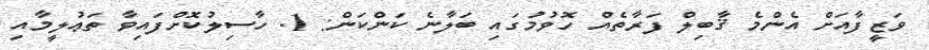
ވަޒީފާއަށް އެންމެ ޤާބިލް ފަރާތެއް ހޮވުމުގައި ބަލާނެ ކަންކަން: 1. ހާސިލުކޮށްފައިވާ ތަޢުލީމާއި